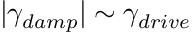
| \gamma _ { d a m p } | \sim \gamma _ { d r i v e }